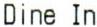
DINE IN